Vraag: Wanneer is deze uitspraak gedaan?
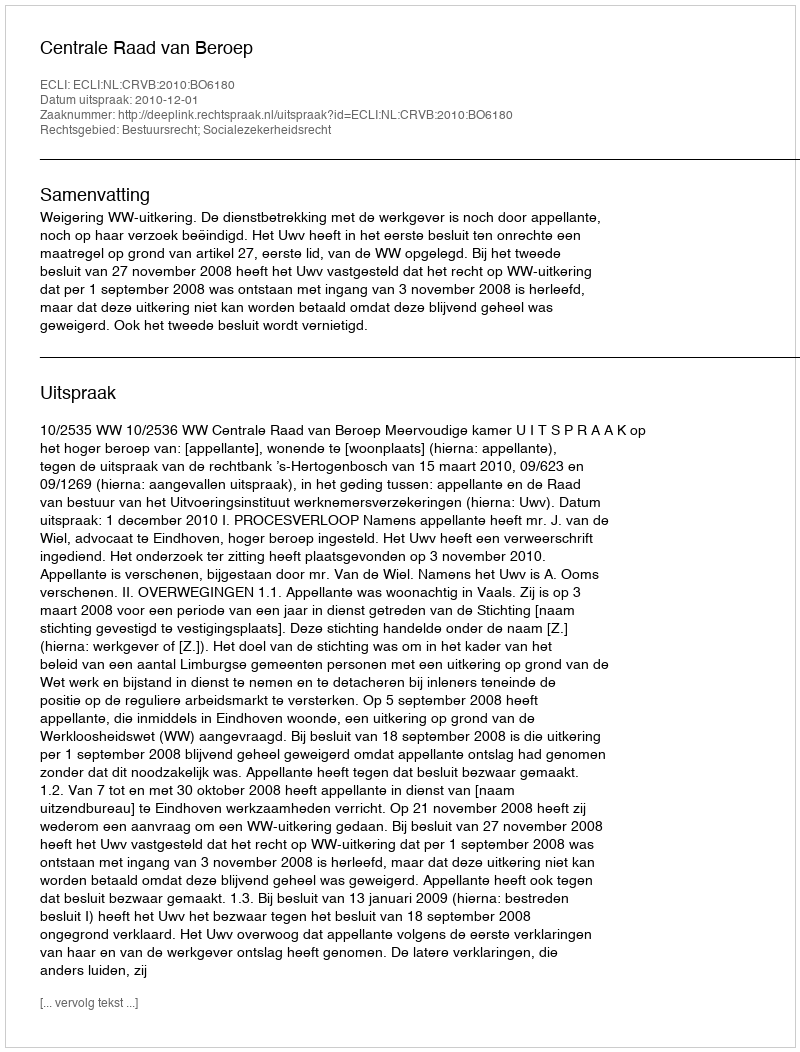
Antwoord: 2010-12-01